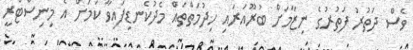
ވެސް ދަތުރު ފަތުރުގެ ނިޒާމަށް ބުރޫއަރައި ހިދުމަތްތައް މެދުކެނޑިފައިވާ ކަމަށް އެ މިނިސްޓްރީ